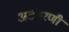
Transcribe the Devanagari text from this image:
असंभरणी